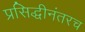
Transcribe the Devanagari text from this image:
प्रसिद्धीनंतरच